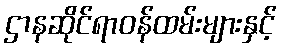
ဌာနဆိုင်ရာဝန်ထမ်းများနှင့်